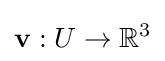
\mathbf {v} :U\to \mathbb {R} ^{3}